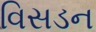
વિસડન